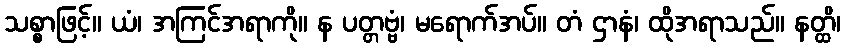
သစ္စာဖြင့်။ ယံ၊ အကြင်အရာကို။ န ပတ္တဗ္ဗံ၊ မရောက်အပ်။ တံ ဌာနံ၊ ထိုအရာသည်။ နတ္ထိ၊